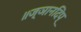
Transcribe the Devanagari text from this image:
॥ज्ञानदिप्